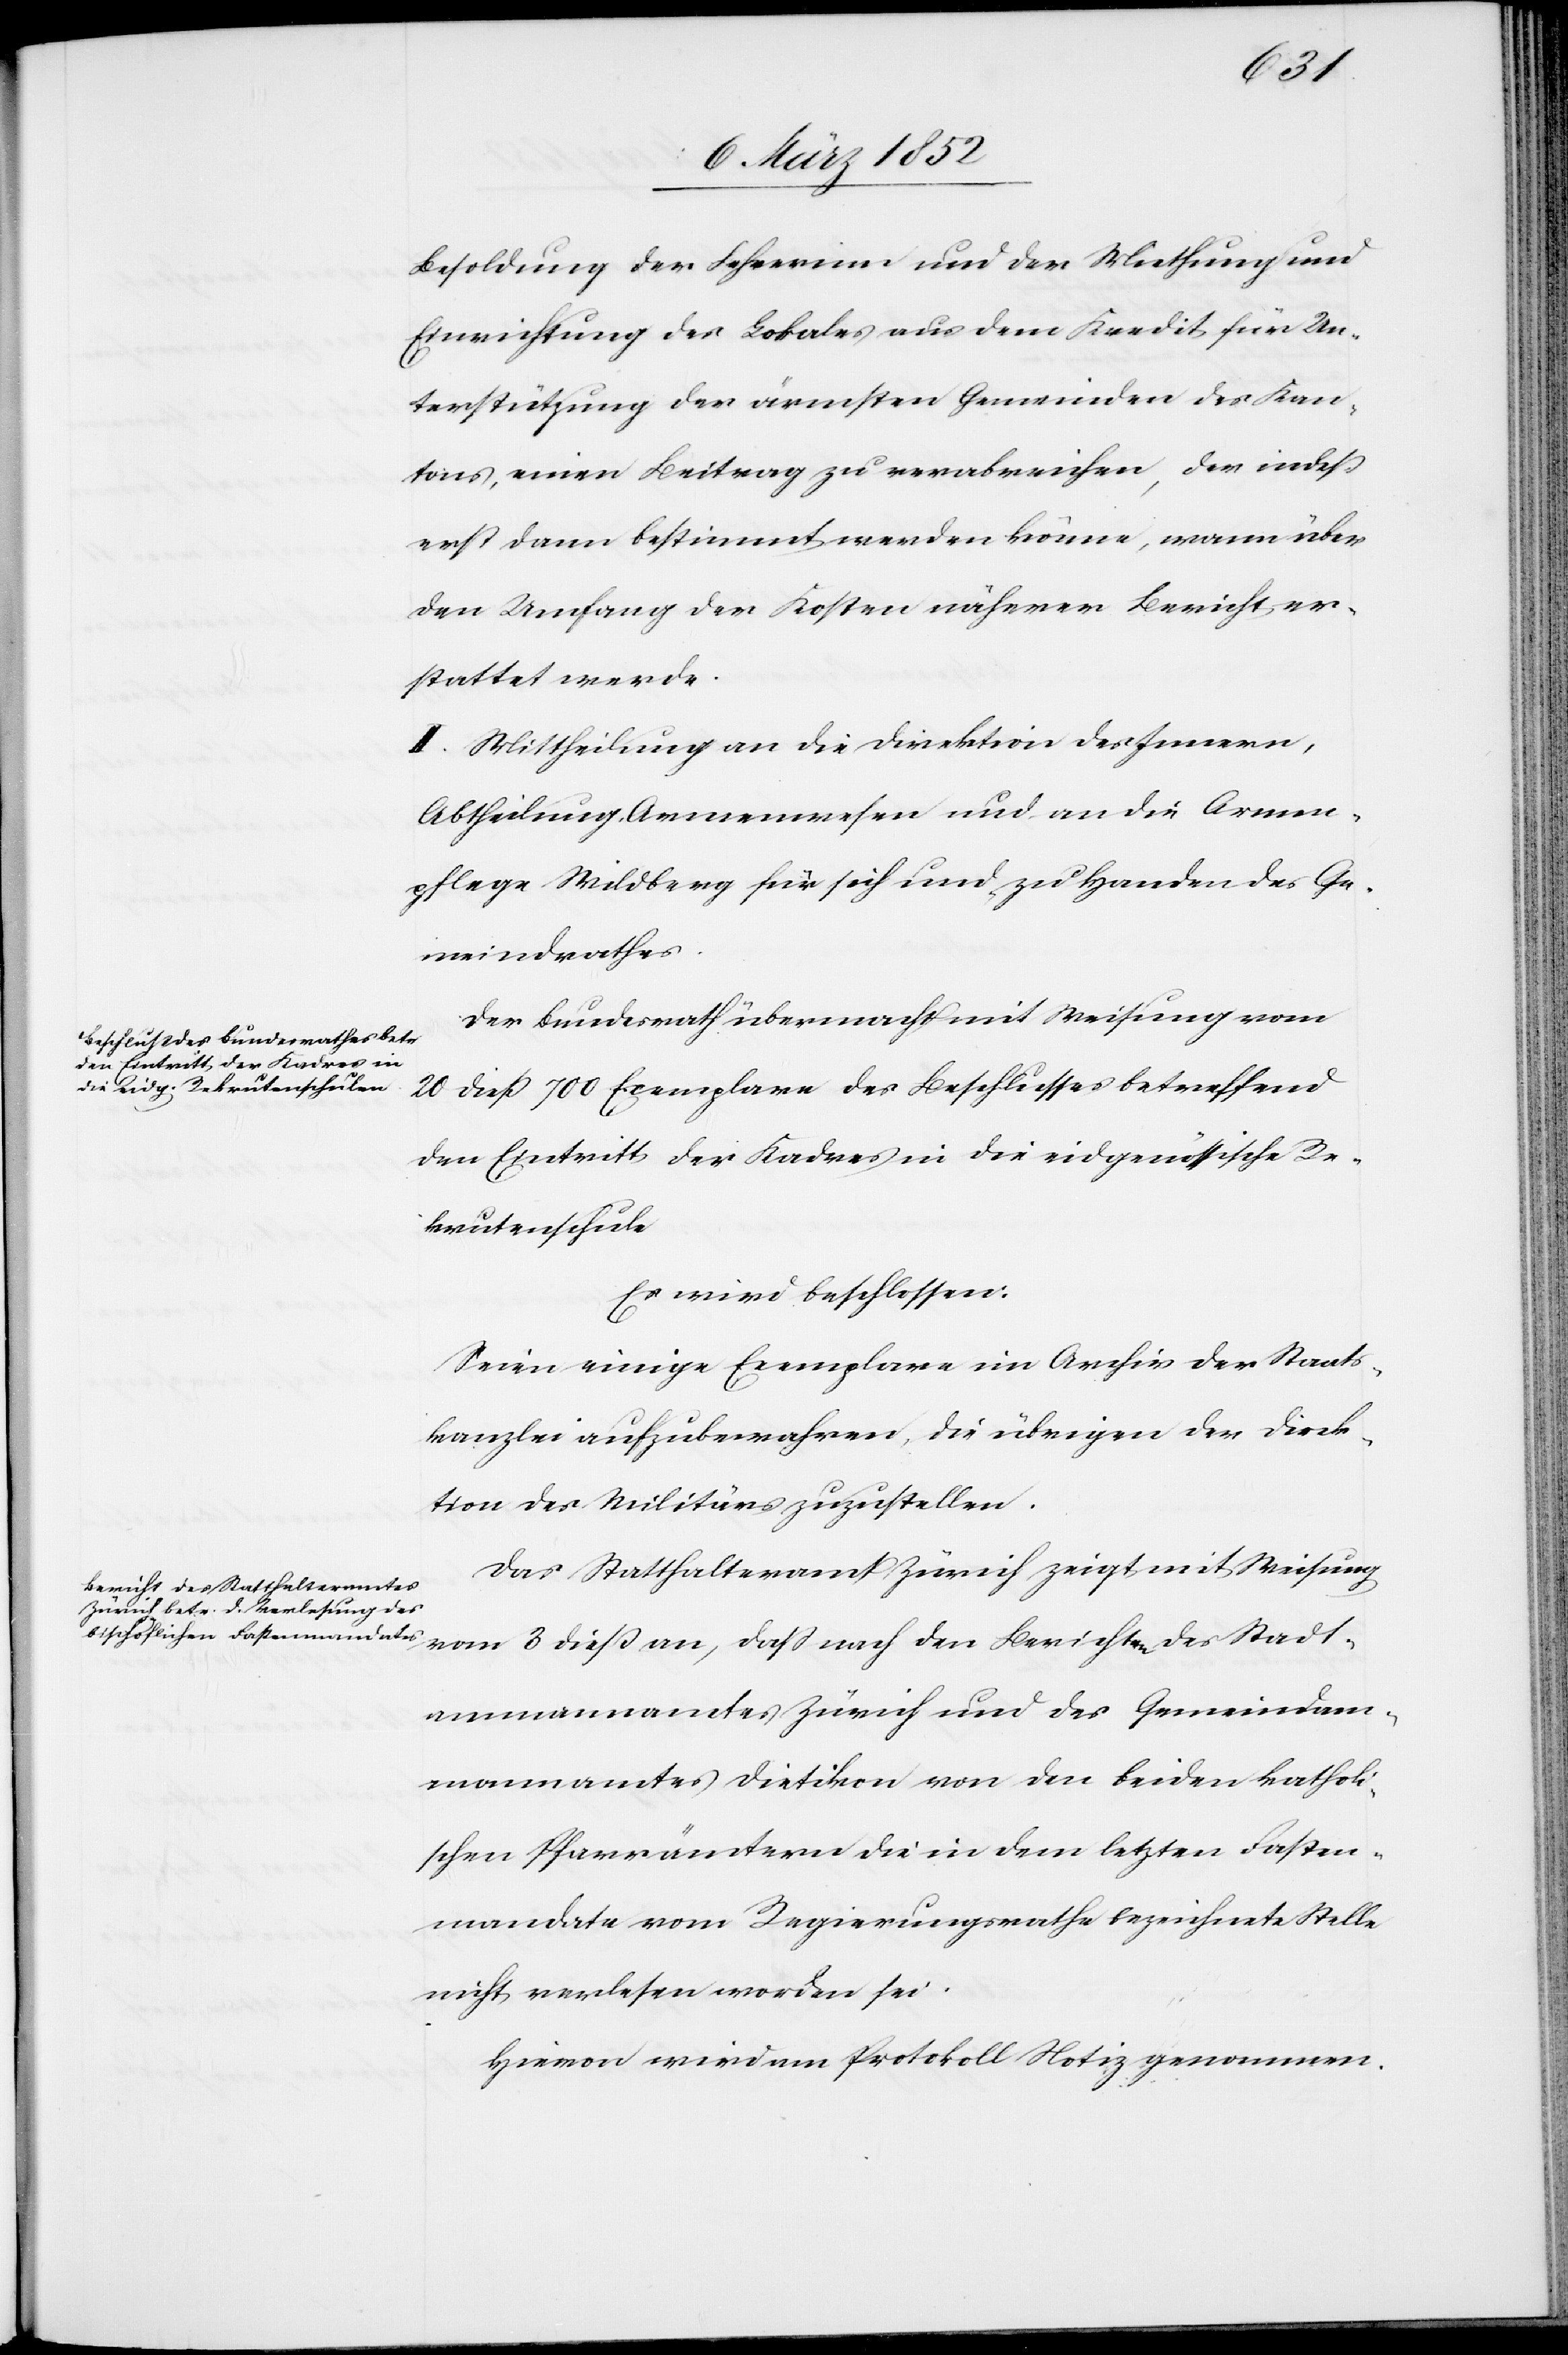
Besoldung der Lehrerin und der Miethung und
Einrichtung des Lokales aus dem Kredit für Un¬
terstützung der ärmsten Gemeinden des Kan¬
tons, einen Beitrag zu verabreichen, der indeß
erst dann bestimmt werden könne, wann über
den Umfang der Kosten näherer Bericht er¬
stattet werde.
II. Mittheilung an die Direktion des Innern,
Abtheilung Armenwesen und an die Armen¬
pflege Wildberg für sich und zu Handen des Ge¬
meindrathes.
Der Bundesrath übermacht mit Weisung vom
20 dieß 700 Exemplare des Beschlusses betreffend
den Eintritt der Kadres in die eidgenössische Re¬
krutenschule
Es wird beschlossen:
Seien einige Exemplare im Archiv der Staats¬
kanzlei aufzubewahren, die übrigen der Direc¬
tion des Militärs zuzustellen.
Das Statthalteramt Zürich zeigt mit Weisung
vom 3 dieß an, daß nach den Berichten des Stadt¬
ammannamtes Zürich und des Gemeindam¬
mannamtes Dietikon von den beiden kathol¬
ischen Pfarrämtern die in dem letzten Fasten¬
mandate vom Regierungsrathe bezeichnete Stelle
Hievon wird am Protokoll Notiz genommen.